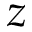
z